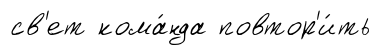
св'ет кома́нда повтор'и́ть